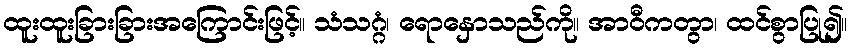
ထူးထူးခြားခြားအကြောင်းဖြင့်။ သံသဂ္ဂံ၊ ရောနှောသည်ကို။ အာဝီကတွာ၊ ထင်စွာပြု၍။